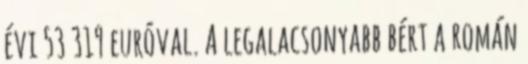
évi 53 319 euróval. A legalacsonyabb bért a román